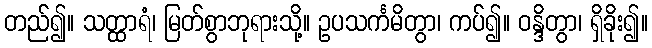
တည်၍။ သတ္ထာရံ၊ မြတ်စွာဘုရားသို့။ ဥပသင်္ကမိတွာ၊ ကပ်၍။ ဝန္ဒိတွာ၊ ရှိခိုး၍။